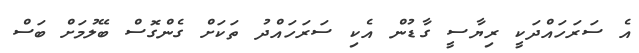
އެ ސަރަހައްދަކީ ރިޔާސީ ގާޑުން އެކި ސަރަހައްދު ތަކަށް ގެންގޮސް ބޭލުމަށް ބަސް